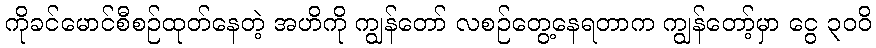
ကိုခင်မောင်စီစဉ်ထုတ်နေတဲ့ အဟိကို ကျွန်တော် လစဉ်တွေ့နေရတာက ကျွန်တော့်မှာ ငွေ ၃၀၀ိ